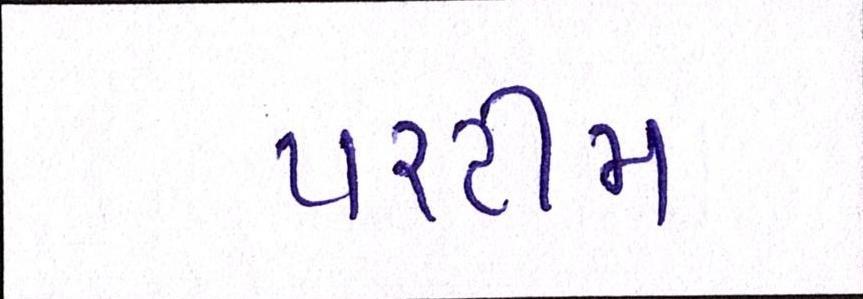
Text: પરટીમ